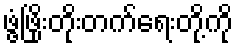
ဖွံ့ဖြိုးတိုးတက်ရေးတို့ကို